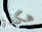
هكذا